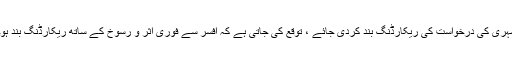
ایک بار شہری کی درخواست کی ریکارڈنگ بند کردی جائے ، توقع کی جاتی ہے کہ افسر سے فوری اثر و رسوخ کے ساتھ ریکارڈنگ بند ہوجائے گی۔